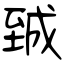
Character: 臹